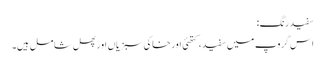
سفید رنگ:
اس گروپ میں سفید، کتھئی اور خاکی سبزیاں اور پھل شامل ہیں۔